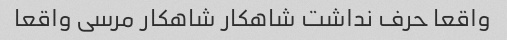
واقعا حرف نداشت شاهکار شاهکار مرسی واقعا